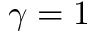
\gamma = 1